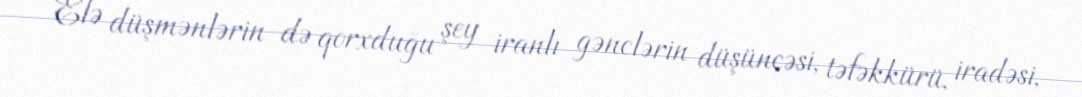
Elə düşmənlərin də qorxduğu şey iranlı gənclərin düşüncəsi, təfəkkürü, iradəsi,